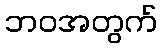
ဘဝအတွက်